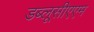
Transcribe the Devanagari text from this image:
डब्लूसीएएम